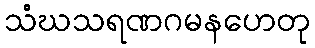
သံဃသရဏဂမနဟေတု